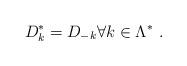
LaTeX: \begin{align*}D^*_k = D_{-k} \forall k \in \Lambda^* \ . \end{align*}